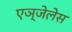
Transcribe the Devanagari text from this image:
एञ्जेलेस